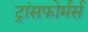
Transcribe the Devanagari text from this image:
ट्रांसफोर्मर्स